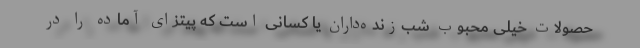
حصولات خیلی محبوب شب‌زنده‌داران یا کسانی است که پیتزای آماده را در